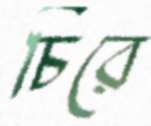
চিরে